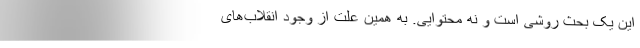
این یک بحث روشی است و نه محتوایی. به همین علت از وجود انقلاب‌های